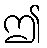
ဤ